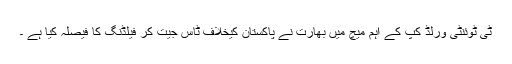
ٹی ٹوئنٹی ورلڈ کپ کے اہم میچ میں بھارت نے پاکستان کیخلاف ٹاس جیت کر فیلڈنگ کا فیصلہ کیا ہے ۔